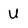
Character: U